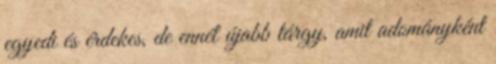
egyedi és érdekes, de ennél újabb tárgy, amit adományként